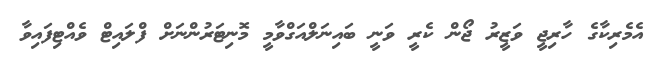
އެމެރިކާގެ ހާރިޖީ ވަޒީރު ޖޯން ކެރީ ވަނީ ބައިނަލްއަގްވާމީ މޮނިޓަރުންނަށް ފްލައިޓް ވެއްޓިފައިވާ